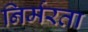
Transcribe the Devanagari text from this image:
निर्मरता